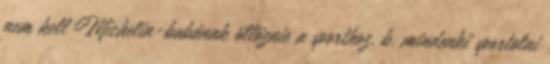
nem kell Michelin-babának öltöznie a sporthoz, b. mindenki sportolni